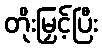
တိုးမြှင့်ပြီး